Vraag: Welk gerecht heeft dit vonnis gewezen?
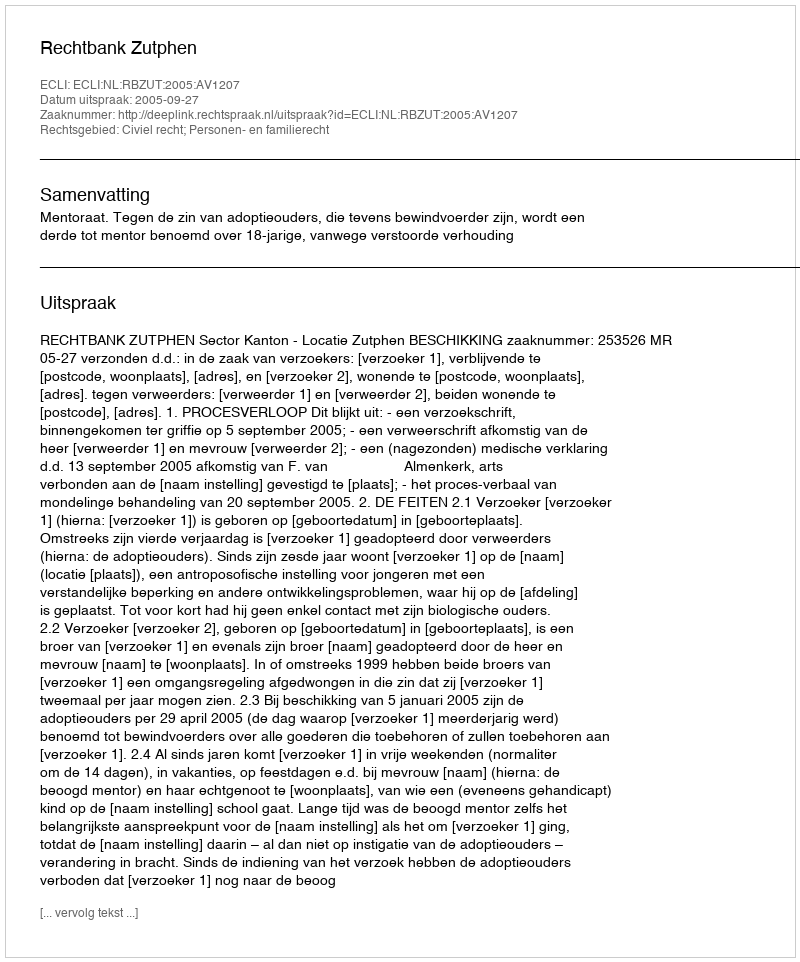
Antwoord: Rechtbank Zutphen